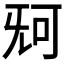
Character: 𣄰